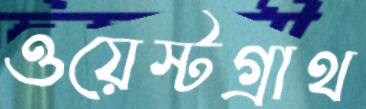
ওয়েস্টগ্রাথ